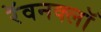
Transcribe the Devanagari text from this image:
रॅवनक्लॉ